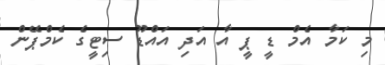
މި ކަމާ އެމް ޑީ ޕީ އާ އަދި އައްޑޫ ސިޓީގެ ކެމްޕޭން